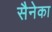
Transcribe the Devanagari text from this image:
सैनेका